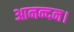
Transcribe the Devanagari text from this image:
आनन्दन।